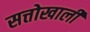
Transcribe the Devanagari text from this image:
सत्तोखाली